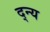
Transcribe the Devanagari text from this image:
द्न्य